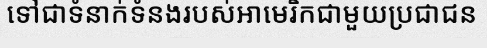
ទៅជាទំនាក់ទំនងរបស់អាមេរិកជាមួយប្រជាជន